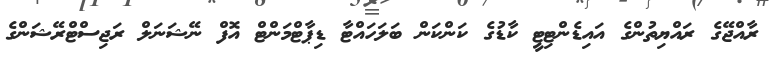
ރާއްޖޭގެ ރައްޔިތުންގެ އައިޑެންޓިޓީ ކާޑުގެ ކަންކަން ބަލަހައްޓާ ޑިޕާޓްމަންޓް އޮފް ނޭޝަނަލް ރަޖިސްޓްރޭޝަންގެ